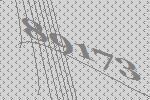
89173